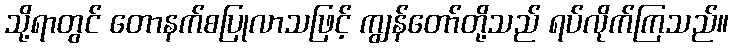
သို့ရာတွင် တောနက်စပြုလာသဖြင့် ကျွန်တော်တို့သည် ရပ်လိုက်ကြသည်။